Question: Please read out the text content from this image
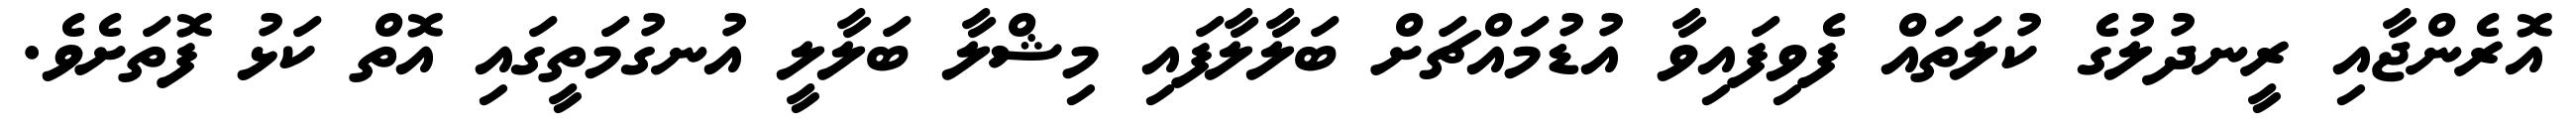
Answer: އޮރެންޖާއި ރީނދުލުގެ ކުލަތައް ފެވިފައިވާ އުޑުމައްޗަށް ބަލާލާފައި މިޝްލާ ބަލާލީ އުނގުމަތީގައި އޮތް ކަޅު ފޮތަށެވެ.